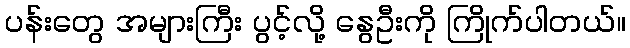
ပန်းတွေ အများကြီး ပွင့်လို့ နွေဦးကို ကြိုက်ပါတယ်။